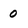
Character: 0